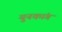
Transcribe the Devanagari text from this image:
युनकांग